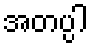
အတပ္ပါ